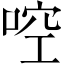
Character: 啌